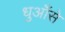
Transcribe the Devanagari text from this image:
धुआँसे